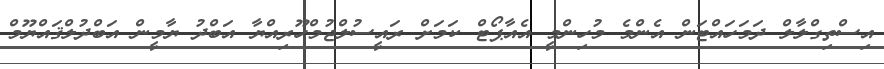
އިސްތިގްލާލް ދަމަހައްޓަން އެންމެ މުހިންމީ އެއާޕޯޓް ކަމަށް ރައީސުލްޖުމްހޫރިއްޔާ އަބްދު ޔާމީން އަބްދުލްޤައްޔޫމް